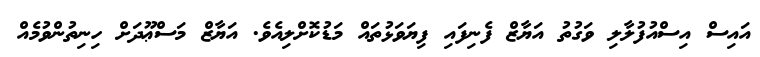
އައިސް އިސްއުފުލާލި ވަގުތު އަޔާޒް ފެނިފައި ފިޔަވަޅުތައް މަޑުކޮށްލިއެވެ. އަޔާޒް މަސްޢޫދަށް ހިނިތުންވުމެއް